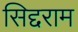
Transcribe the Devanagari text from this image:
सिद्दराम